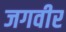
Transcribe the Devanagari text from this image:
जगवीर